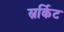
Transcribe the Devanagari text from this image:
स्रर्किट